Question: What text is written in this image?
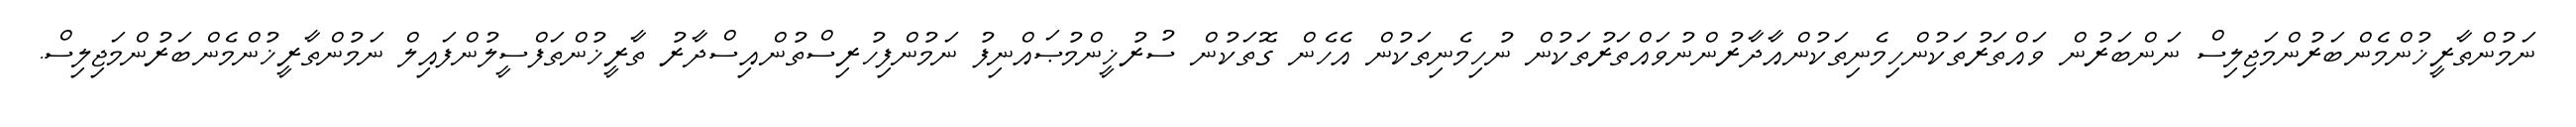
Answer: ނަމުންތާރީޚުންމެންބަރުންމަޖިލިސް ނަންބަރުން ވައްތަރުތަކުންހިމެނިތަކުންއާދާރުންނުވައްތަރުތަކުން ނުހިމެނިތަކުން އެހެން ގޮތަކުން ސުރުޚީންމުޞައްނިފު ނަމުންފިހުރިސްތުންއިސްދާރު ތާރީޚުންތަފްސީލުންފައިލް ނަމުންތާރީޚުންމެންބަރުންމަޖިލިސް.